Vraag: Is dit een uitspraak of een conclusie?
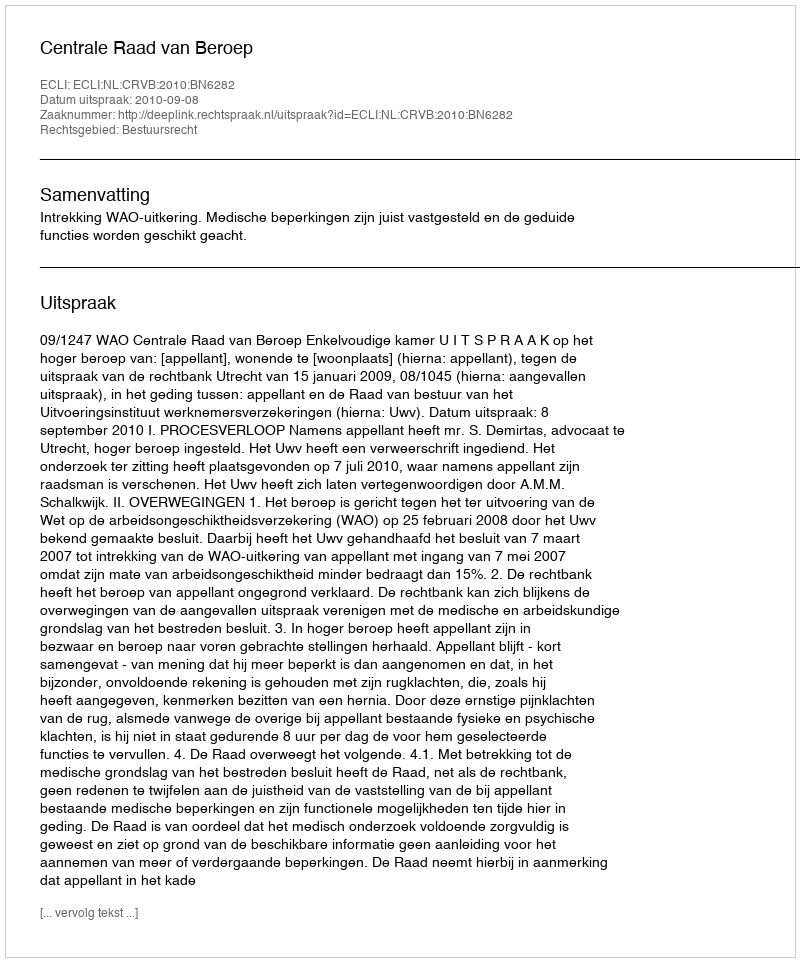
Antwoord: Uitspraak